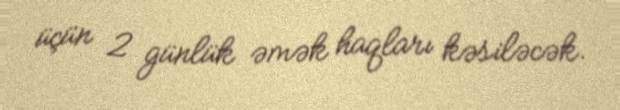
üçün 2 günlük əmək haqları kəsiləcək.